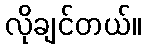
လိုချင်တယ်။